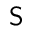
\mathsf { S }